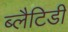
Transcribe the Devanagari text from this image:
ब्लैटिडी